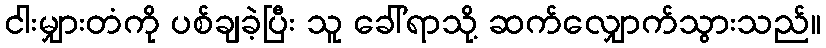
ငါးမျှားတံကို ပစ်ချခဲ့ပြီး သူ ခေါ်ရာသို့ ဆက်လျှောက်သွားသည်။